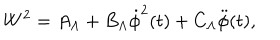
W ^ { 2 } = A _ { \Lambda } + B _ { \Lambda } \dot { \phi } ^ { 2 } ( t ) + C _ { \Lambda } \ddot { \phi } ( t ) ,